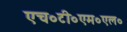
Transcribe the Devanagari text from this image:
एच०टी०एम०एल०